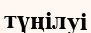
түңілуі